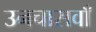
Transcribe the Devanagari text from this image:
उनचासवाँ